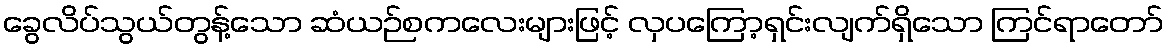
ခွေလိပ်သွယ်တွန့်သော ဆံယဉ်စကလေးများဖြင့် လှပကြော့ရှင်းလျက်ရှိသော ကြင်ရာတော်